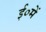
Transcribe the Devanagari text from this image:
ई०में